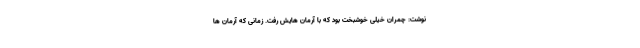
نوشت: چمران خیلی خوشبخت بود که با آرمان هایش رفت. زمانی که آرمان ها